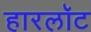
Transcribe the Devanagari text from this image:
हारलॉट